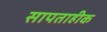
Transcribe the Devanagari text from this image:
सापताहीक